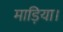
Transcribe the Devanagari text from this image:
माड़िया।